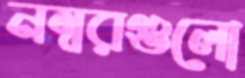
নম্বরগুলো